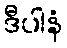
ဒီပါနံ